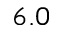
6 . 0